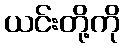
ယင်းတို့ကို